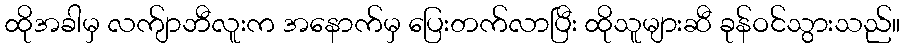
ထိုအခါမှ လက်ျာဘီလူးက အနောက်မှ ပြေးတက်လာပြီး ထိုသူများဆီ ခုန်ဝင်သွားသည်။